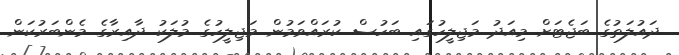
ދައުލަތުގެ ބަޖެޓަށް މިއަދު މަޖިލީހުގައި ބަހުސް ކުރައްވަމުން މަޖިލީހުގެ މުލަކު ދާއިރާގެ މެންބަރުކަން